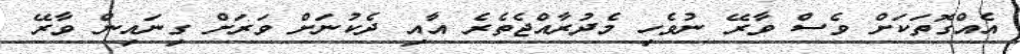
އެއްގޮތަކަށް ވެސް ވާރޭ ނުވެހި މެދުރާއްޖެތެރެ އާއި ދެކުނަށް ވަރަށް ގިނައިން ވާރޭ